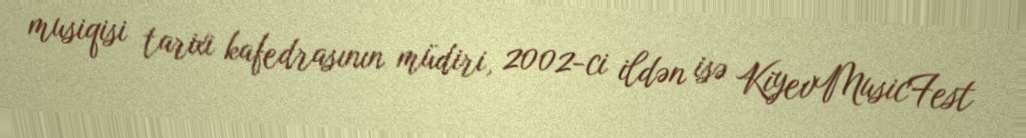
musiqisi tarixi kafedrasının müdiri, 2002-ci ildən isə KiyevMusicFest